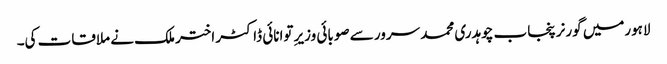
لاہورمیں گورنر پنجاب چوہدری محمد سرور سے صوبائی وزیرِ توانائی ڈاکٹر اختر ملک نے ملاقات کی۔